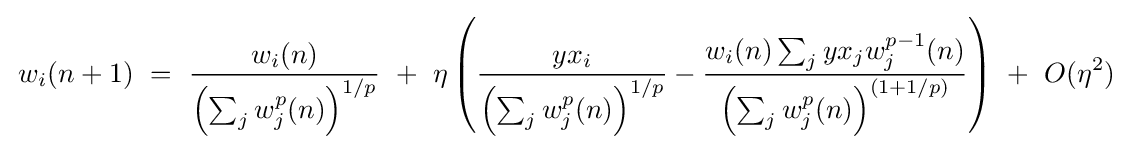
\,w_{i}(n+1)~=~{\frac {w_{i}(n)}{\left(\sum _{j}w_{j}^{p}(n)\right)^{1/p}}}~+~\eta \left({\frac {yx_{i}}{\left(\sum _{j}w_{j}^{p}(n)\right)^{1/p}}}-{\frac {w_{i}(n)\sum _{j}yx_{j}w_{j}^{p-1}(n)}{\left(\sum _{j}w_{j}^{p}(n)\right)^{(1+1/p)}}}\right)~+~O(\eta ^{2})